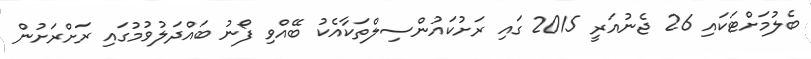
ބެލުމަށްޓަކައި 26 ޖެނުއަރީ 2015 ގައި ރަށުކައުންސިލްތަކާއެކު ބޭއްވި ފޯނު ބައްދަލުވުމުގައި ރަށްރަށުން